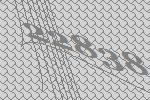
22838